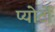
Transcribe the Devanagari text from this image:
प्योर्टो